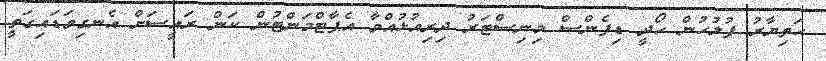
ހަތިޔާރު ފުލުހުން ހޯދީ ޑިފެންސް މިނިސްޓަރު ދިރިއުޅުއްވާ އެޕާޓްމަންޓުން ކަން ރައީސަށް އެނގިވަޑައިގަތީ